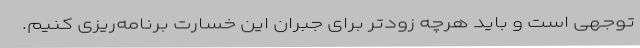
توجهی است و باید هرچه زودتر برای جبران این خسارت برنامه‌ریزی کنیم.